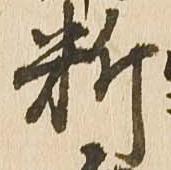
料